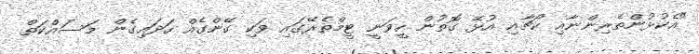
"އެކުޅުންތެރިންނާއި ކޯޗާއި އުޅޭ ގޮތުން ހީވަނީ ޓީމްތެރޭގައި ވަކި ގޭންގެއް ހަދައިގެން މަސައްކަތް